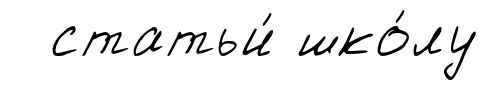
статьи́ шко́лу